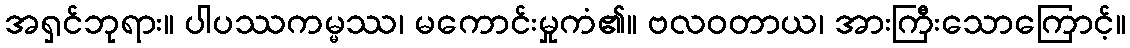
အရှင်ဘုရား။ ပါပဿကမ္မဿ၊ မကောင်းမှုကံ၏။ ဗလဝတာယ၊ အားကြီးသောကြောင့်။